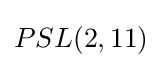
PSL(2,11)